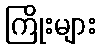
ကြိုးများ